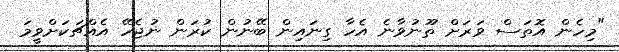
"މިހެން އޮތަސް ވަރަށް ތޫނުވާނެ އެހާ ގިނައިން ބޭނުން ކުރަން ނުޖެހޭ އެއްޗަކަށްވީމަ